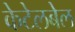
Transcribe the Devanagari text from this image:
केटेलबेल